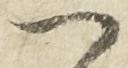
へ